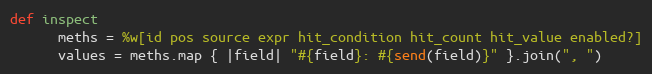
Language: Ruby
def inspect
      meths = %w[id pos source expr hit_condition hit_count hit_value enabled?]
      values = meths.map { |field| "#{field}: #{send(field)}" }.join(", ")